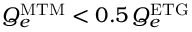
Q _ { e } ^ { \mathrm { M T M } } < 0 . 5 \, Q _ { e } ^ { \mathrm { E T G } }